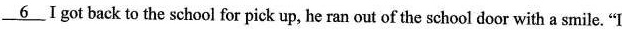
\underline{6} I got back to the school for pick up, he ran out of the school door with a smile. "I